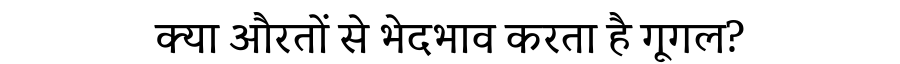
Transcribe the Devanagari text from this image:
क्या औरतों से भेदभाव करता है गूगल?